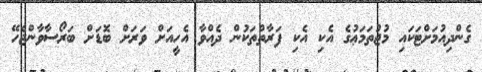
ގެންދިއުމަށްޓަކައި މުޖުތަމަޢުގެ އެކި އެކި ފަރާތްތަކުން ދެއްވާ އެހީއަށް ވަރަށް ބޮޑަށް ބަރޯސާވާންޖެހޭ